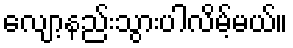
လျော့နည်းသွားပါလိမ့်မယ်။